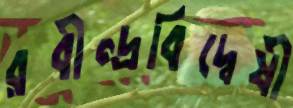
রবীন্দ্রবিদ্বেষী